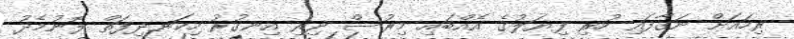
ރިހައަށް ނަގާފައި ހުރި ފިޔަލުގެ އެއްބައި މިރުސް ދިރި އިނގުރު ހިކަނދިފަތް ލޮނުމެދު